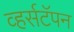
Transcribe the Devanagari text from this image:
व्हर्सटॅपन